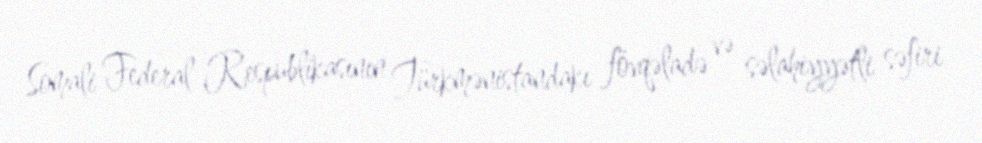
Somali Federal Respublikasının Türkmənistandakı fövqəladə və səlahiyyətli səfiri